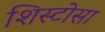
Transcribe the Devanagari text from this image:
शिस्टोसा